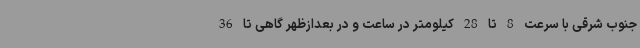
جنوب شرقی با سرعت 8 تا 28 کیلومتر در ساعت و در بعدازظهر گاهی تا 36